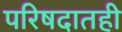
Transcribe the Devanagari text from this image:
परिषदातही